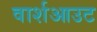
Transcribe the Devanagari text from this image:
वार्शआउट